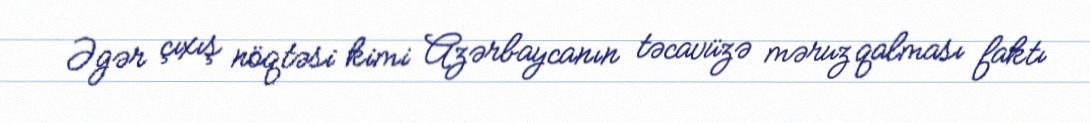
Əgər çıxış nöqtəsi kimi Azərbaycanın təcavüzə məruz qalması faktı